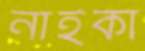
নাইকা